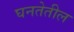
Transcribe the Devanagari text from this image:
घनतेतील